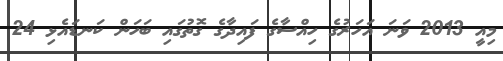
މިއީ 2013 ވަނަ އަހަރުގެ ހިއްސާގެ ފައިދާގެ ގޮތުގައި ބަހަން ކަނޑައެޅި 24